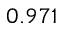
0 . 9 7 1